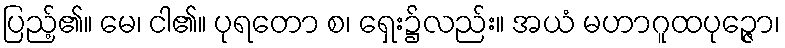
ပြည့်၏။ မေ၊ ငါ၏။ ပုရတော စ၊ ရှေး၌လည်း။ အယံ မဟာဂူထပုဉ္ဇော၊